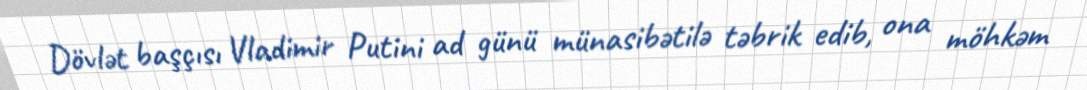
Dövlət başçısı Vladimir Putini ad günü münasibətilə təbrik edib, ona möhkəm